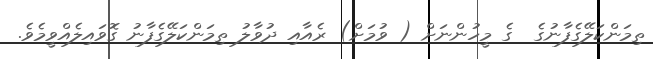
ތިމަންކަލޭގެފާނުގެ  ގެ މީހުންނަށް ( ވުމަށް) ރެއާއި ދުވާލު ތިމަންކަލޭގެފާނު ގޮވައިލެއްވީމެވެ.